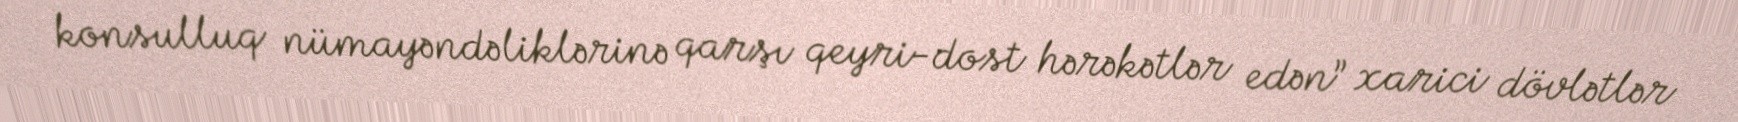
konsulluq nümayəndəliklərinə qarşı qeyri-dost hərəkətlər edən” xarici dövlətlər